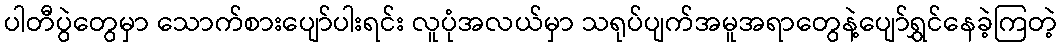
ပါတီပွဲတွေမှာ သောက်စားပျော်ပါးရင်း လူပုံအလယ်မှာ သရုပ်ပျက်အမူအရာတွေနဲ့ပျော်ရွှင်နေခဲ့ကြတဲ့